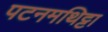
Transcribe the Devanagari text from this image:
पटनमथिट्टा